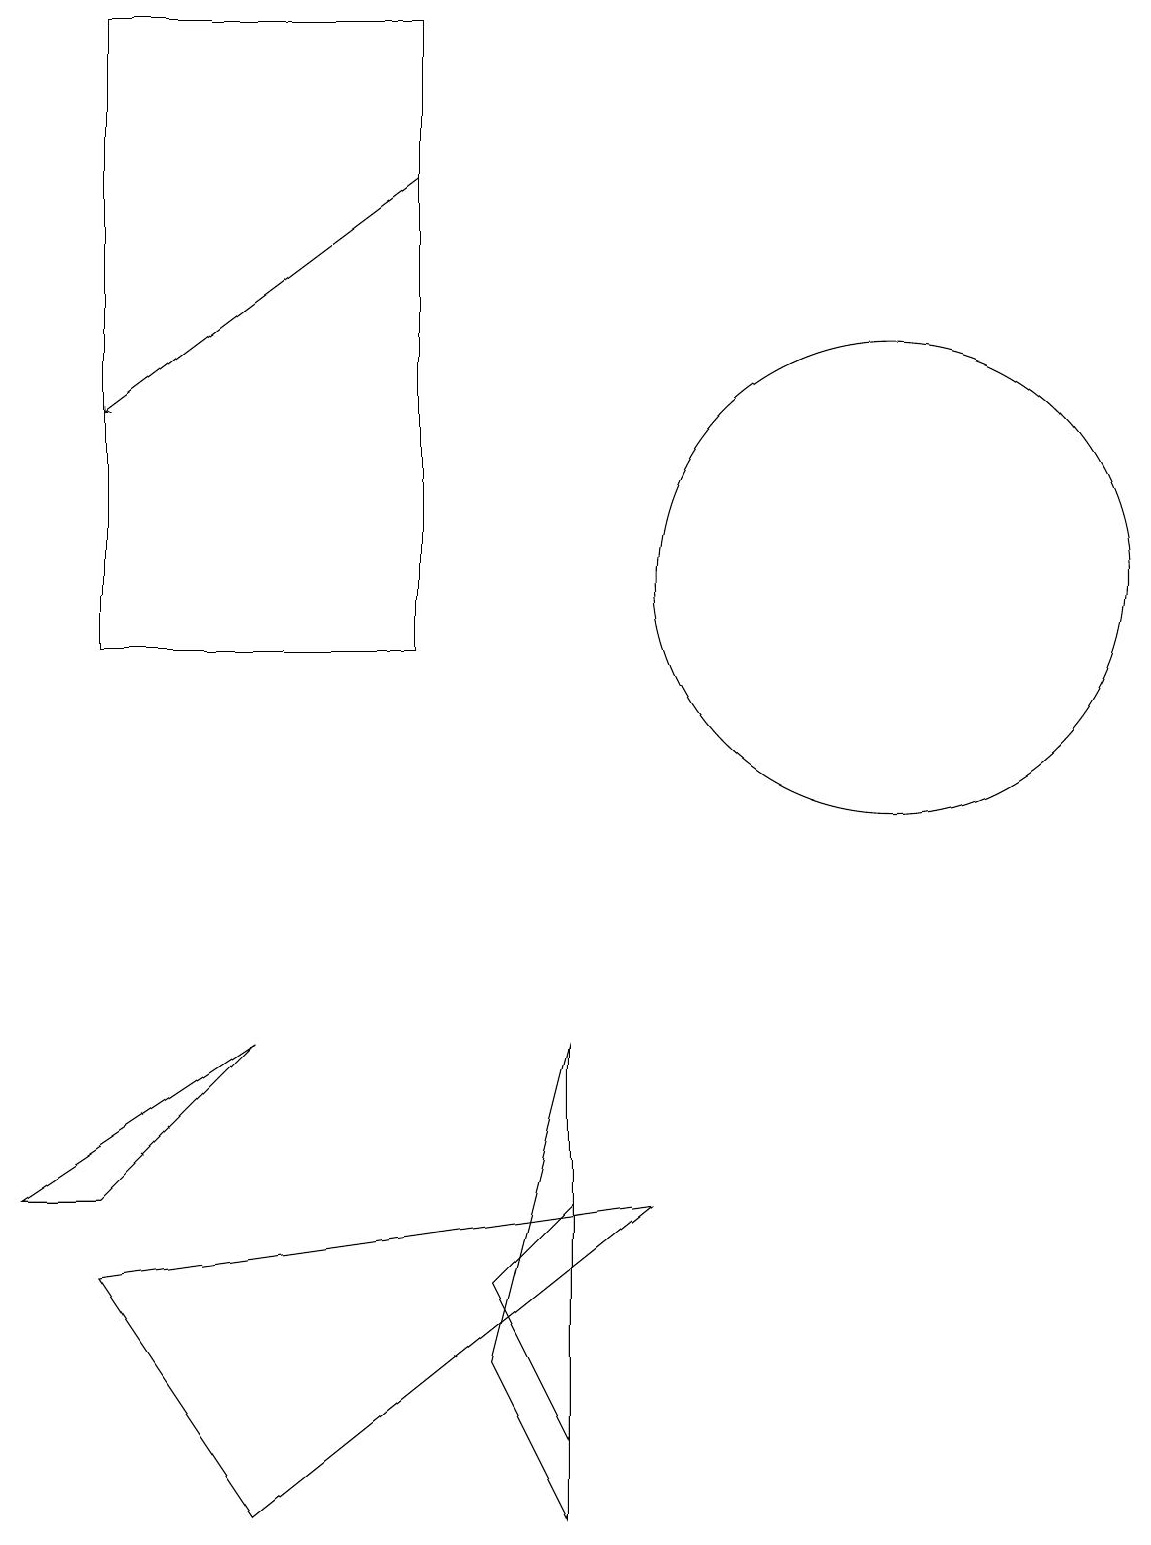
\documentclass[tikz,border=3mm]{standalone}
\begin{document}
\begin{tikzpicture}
\draw (7,1) -- (7,4) -- (6,3) -- cycle;
\draw (0,4) -- (1,4) -- (3,6) -- cycle;
\draw (8,4) -- (1,3) -- (3,0) -- cycle;
\draw[->] (5,17) -- (1,14);
\draw (11,12) circle (3);
\draw (1,19) rectangle (5,11);
\draw (6,2) -- (7,0) -- (7,6) -- cycle;
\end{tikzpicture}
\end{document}